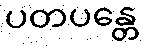
ပတပန္တေ